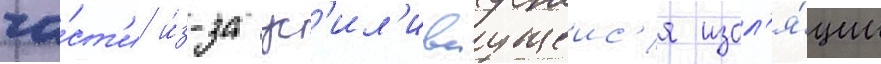
ча́ст'и и́з-за ус'ил'иваущеис'я изол'я́ции